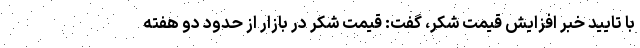
با تایید خبر افزایش قیمت شکر، گفت: قیمت شکر در بازار از حدود دو هفته